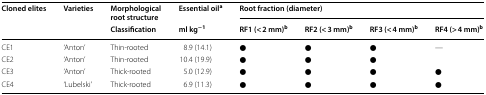
<table><thead><tr><td rowspan="2"><b>Cloned elites</b></td><td rowspan="2"><b>Varieties</b></td><td><b>Morphological root structure</b></td><td><b>Essential oil<sup>a</sup></b></td><td colspan="4"><b>Root fraction (diameter)</b></td></tr><tr><td><b>Classification</b></td><td><b>ml kg<sup>−1</sup></b></td><td><b>RF1 (&lt; 2 mm)<sup>b</sup></b></td><td><b>RF2 (&lt; 3 mm)<sup>b</sup></b></td><td><b>RF3 (&lt; 4 mm)<sup>b</sup></b></td><td><b>RF4 (&gt; 4 mm)<sup>b</sup></b></td></tr></thead><tbody><tr><td>CE1</td><td>‘Anton’</td><td>Thin-rooted</td><td>8.9 (14.1)</td><td>●</td><td>●</td><td>●</td><td>—</td></tr><tr><td>CE2</td><td>‘Anton’</td><td>Thin-rooted</td><td>10.4 (19.9)</td><td>●</td><td>●</td><td>●</td><td></td></tr><tr><td>CE3</td><td>‘Anton’</td><td>Thick-rooted</td><td>5.0 (12.9)</td><td>●</td><td>●</td><td>●</td><td>●</td></tr><tr><td>CE4</td><td>‘Lubelski’</td><td>Thick-rooted</td><td>6.9 (11.3)</td><td>●</td><td>●</td><td>●</td><td>●</td></tr></tbody></table>